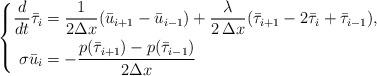
LaTeX: \begin{align*} \left\{ \begin{aligned} \dfrac{d}{dt} \bar\tau_i &= \dfrac{1}{2\Delta x} ( \bar u_{i+1} - \bar u_{i-1} )+ \dfrac{\lambda}{2\,\Delta x}(\bar\tau_{i+1}-2 \bar\tau_i+\bar\tau_{i-1} ),\\ \sigma \bar u_i &=-\dfrac{p(\bar\tau_{i+1}) - p(\bar\tau_{i-1})}{2\Delta x} \end{aligned}\right. \end{align*}